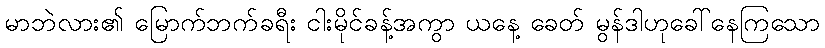
မာဘဲလား၏ မြောက်ဘက်ခရီး ငါးမိုင်ခန့်အကွာ ယနေ့ ခေတ် မွန်ဒါဟုခေါ်နေကြသော